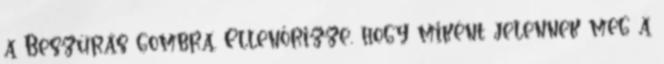
a Beszúrás gombra. Ellenőrizze, hogy miként jelennek meg a